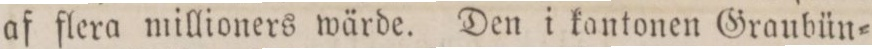
af flera millioners wärde. Den i kantonen Graubün=